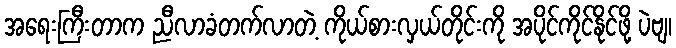
အရေးကြီးတာက ညီလာခံတက်လာတဲ့ ကိုယ်စားလှယ်တိုင်းကို အပိုင်ကိုင်နိုင်ဖို့ ပဲဗျ၊